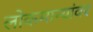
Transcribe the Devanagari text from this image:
लोकमान्यांवर